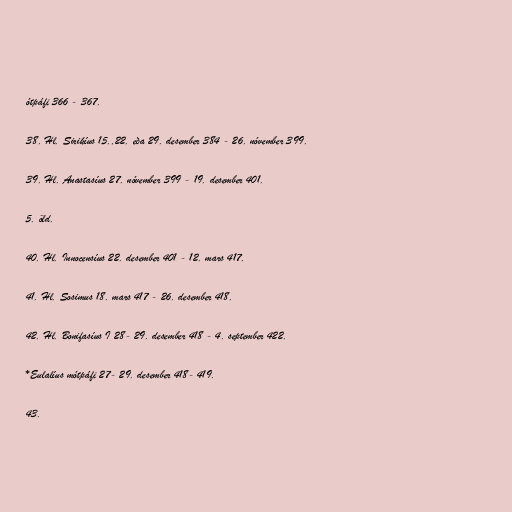
ótpáfi 366 - 367.

38. Hl. Sirikíus 15.,22. eða 29. desember 384 - 26. nóvember 399.

39. Hl. Anastasíus 27. nóvember 399 - 19. desember 401.

5. öld.

40. Hl. Innocensíus 22. desember 401 - 12. mars 417.

41. Hl. Sosimus 18. mars 417 - 26. desember 418.

42. Hl. Bonifasíus I 28- 29. desember 418 - 4. september 422.

*Eulalíus mótpáfi 27- 29. desember 418- 419.

43.